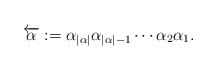
LaTeX: \begin{align*}\overleftarrow{\alpha} := \alpha_{|\alpha|}\alpha_{|\alpha|-1}\cdots\alpha_2\alpha_1.\end{align*}